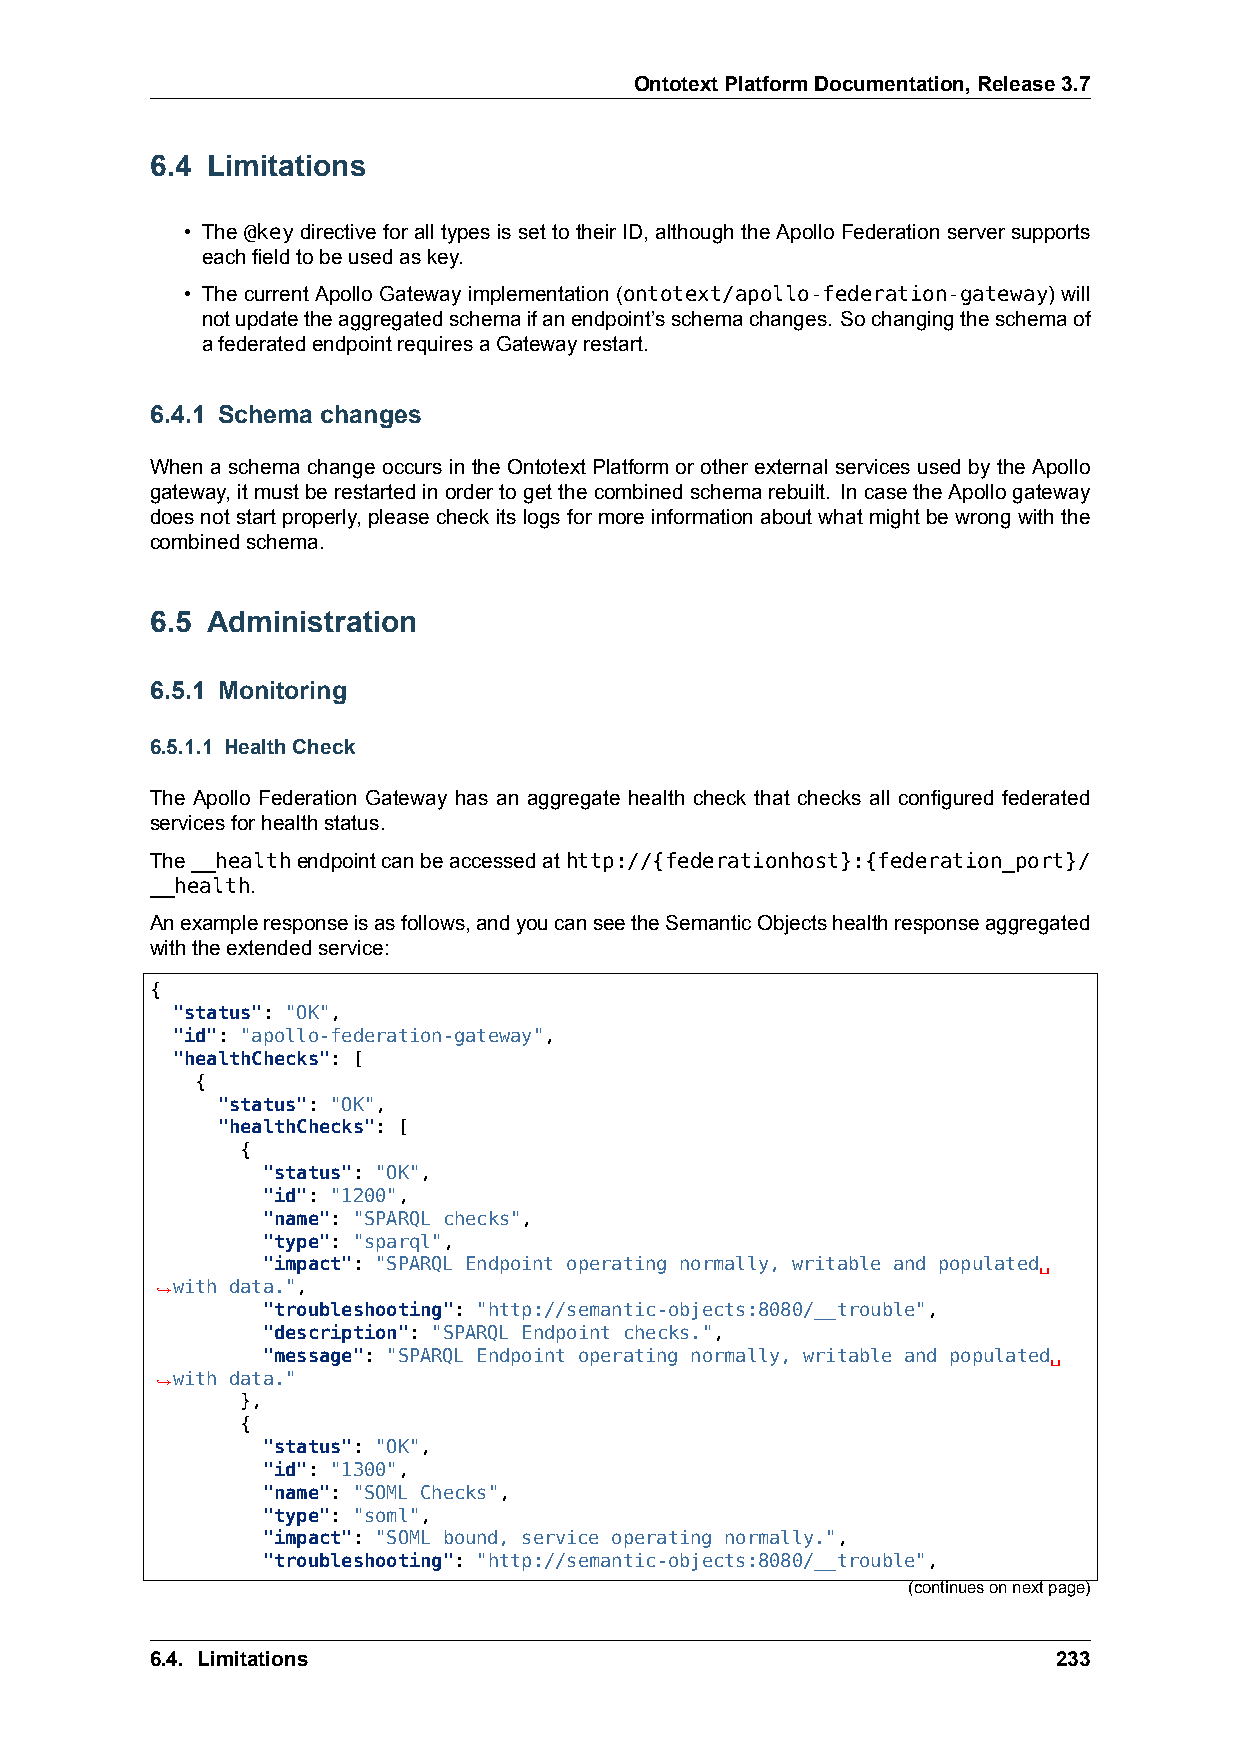
OntotextPlatformDocumentation,Release3.7
 6.4 Limitations
 • The @key directive for all types is set to their ID, although the Apollo Federation server supports
 eachfieldtobeusedaskey.
 • The current Apollo Gateway implementation (ontotext/apollo-federation-gateway) will
 notupdatetheaggregatedschemaifanendpoint’sschemachanges. Sochangingtheschemaof
 afederatedendpointrequiresaGatewayrestart.
 6.4.1 Schema changes
 When a schema change occurs in the Ontotext Platform or other external services used by the Apollo
 gateway, itmustberestartedinordertogetthecombinedschemarebuilt. IncasetheApollogateway
 doesnotstartproperly, pleasecheck itslogsformore informationaboutwhatmightbe wrongwiththe
 combinedschema.
 6.5 Administration
 6.5.1 Monitoring
 6.5.1.1 HealthCheck
 The Apollo Federation Gateway has an aggregate health check that checks all configured federated
 servicesforhealthstatus.
 The__healthendpointcanbeaccessedathttp://{federationhost}:{federation_port}/
 __health.
 Anexampleresponseisasfollows,andyoucanseetheSemanticObjectshealthresponseaggregated
 withtheextendedservice:
 {
 "status": "OK",
 "id": "apollo-federation-gateway",
 "healthChecks": [
 {
 "status": "OK",
 "healthChecks": [
 {
 "status": "OK",
 "id": "1200",
 "name": "SPARQL checks",
 "type": "sparql",
 "impact": "SPARQL Endpoint operating normally, writable and populated␣
 ,→with data.",
 "troubleshooting": "http://semantic-objects:8080/__trouble",
 "description": "SPARQL Endpoint checks.",
 "message": "SPARQL Endpoint operating normally, writable and populated␣
 ,→with data."
 },
 {
 "status": "OK",
 "id": "1300",
 "name": "SOML Checks",
 "type": "soml",
 "impact": "SOML bound, service operating normally.",
 "troubleshooting": "http://semantic-objects:8080/__trouble",
 (continuesonnextpage)
 6.4. Limitations                                            233